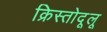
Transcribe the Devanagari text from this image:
क्रिस्तोदूलू